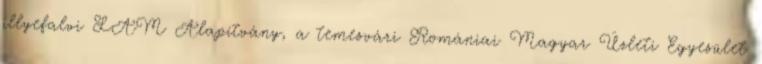
illyefalvi LAM Alapítvány, a temesvári Romániai Magyar Üzleti Egyesület